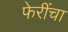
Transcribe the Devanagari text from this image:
फेरींचा